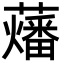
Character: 䕰